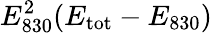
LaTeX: E_{830}^{2}(E_{\mathrm{tot}}-E_{830})